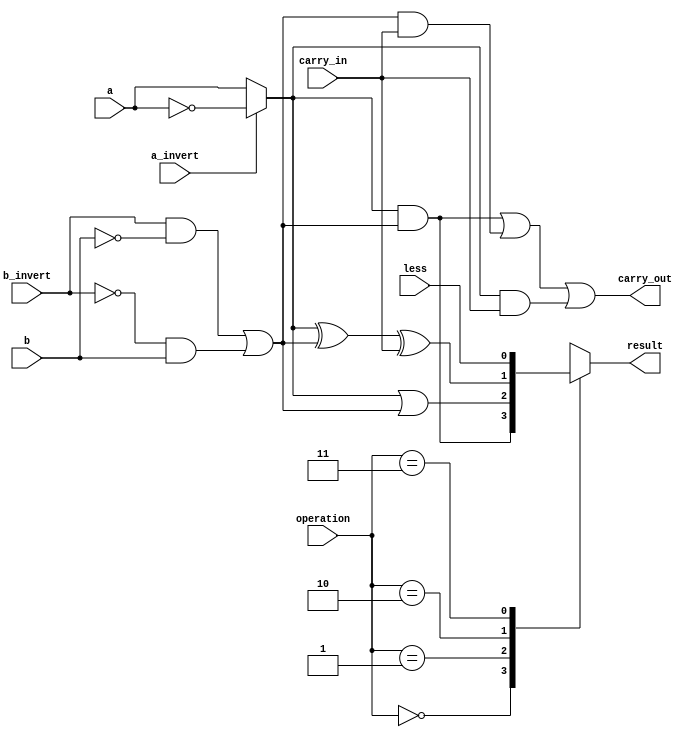
`timescale 1ns / 1ps
// <your student id> 111550088

/* checkout FIGURE C.5.10 (Top) */
module bit_alu (
    input            a,          // 1 bit, a
    input            b,          // 1 bit, b
    input            less,       // 1 bit, Less
    input            a_invert,   // 1 bit, Ainvert
    input            b_invert,   // 1 bit, Binvert
    input            carry_in,   // 1 bit, CarryIn
    input      [1:0] operation,  // 2 bit, Operation
    output reg       result,     // 1 bit, Result (Must it be a reg?)
    output           carry_out   // 1 bit, CarryOut
);

    /* [step 1] invert input on demand */
    wire ai, bi;  // what's the difference between `wire` and `reg` ?
    assign ai = (a_invert == 1)?~a:a;  // remember `?` operator in C/C++?
    assign bi = (b_invert & ~b) | (~b_invert & b);  // you can use logical expression too!

    /* [step 2] implement a 1-bit full adder */
    /**
     * Full adder should take ai, bi, carry_in as input, and carry_out, sum as output.
     * What is the logical expression of each output? (Checkout C.5.1)
     * Is there another easier way to implement by `+` operator?
     * https://www.chipverify.com/verilog/verilog-combinational-logic-assign
     * https://www.chipverify.com/verilog/verilog-full-adder
     */
    wire sum;
    assign carry_out = (ai & bi)|(bi & carry_in)|(ai & carry_in);
    assign sum       = ai ^ bi ^ carry_in;

    /* [step 3] using a mux to assign result */
    always @(*) begin  // `*` auto captures sensitivity ports, now it's combinational logic
        case (operation)  // `case` is similar to `switch` in C
            2'b00:   result <= ai & bi;  // AND
            2'b01:   result <= ai | bi;  // OR
            2'b10:   result <= sum;  // ADD
            2'b11:   result <= less; // SLT
            default: result <= 0;  // should not happened
        endcase
    end
    /**
     * In fact, mux is combinational logic.
     * Can you implement the mux above without using `always` block?
     * Hint: `?` operator and remove `reg` in font of `result`.
     * https://www.chipverify.com/verilog/verilog-4to1-mux
     * [Note] Try to understand the difference between blocking `=` & non-blocking `<=` assignment.
     * https://zhuanlan.zhihu.com/p/58614706
     */

endmodule